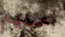
أعينهم